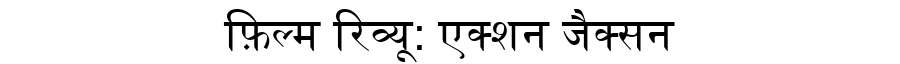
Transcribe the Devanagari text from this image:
फ़िल्म रिव्यू: एक्शन जैक्सन